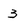
Character: 3